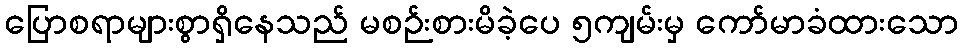
ပြောစရာများစွာရှိနေသည် မစဉ်းစားမိခဲ့ပေ ၅ကျမ်းမှ ကော်မာခံထားသော